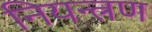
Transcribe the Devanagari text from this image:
नियन्‍त्रण